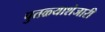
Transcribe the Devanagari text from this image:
पुतळ्याशेजारी